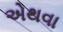
એથવા